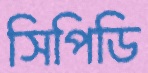
সিপিডি